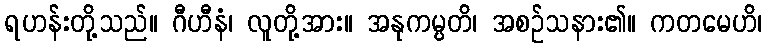
ရဟန်းတို့သည်။ ဂီဟီနံ၊ လူတို့အား။ အနုကမ္ပတိ၊ အစဉ်သနား၏။ ကတမေဟိ၊